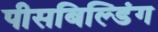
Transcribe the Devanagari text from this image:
पीसबिल्डिंग